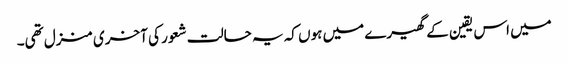
میں اس یقین کے گھیرے میں ہوں کہ یہ حالت شعور کی آخری منزل تھی۔